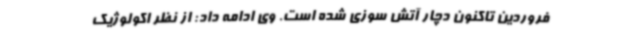
فروردین تاکنون دچار آتش سوزی شده است. وی ادامه داد: از نظر اکولوژیک